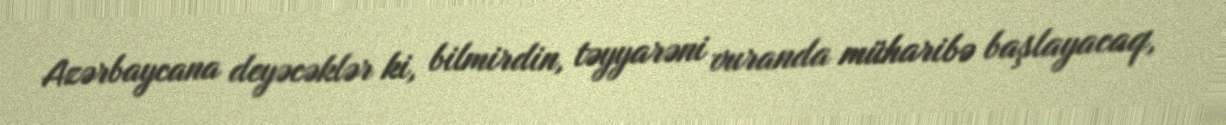
Azərbaycana deyəcəklər ki, bilmirdin, təyyarəni vuranda müharibə başlayacaq,